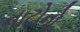
નાટોનો